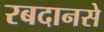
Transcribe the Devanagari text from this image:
रबदानसे